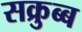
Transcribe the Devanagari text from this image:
सक्रुब्ब